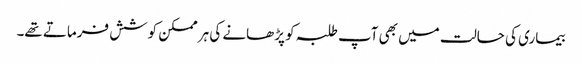
بیماری کی حالت میں بھی آپ طلبہ کو پڑھانے کی ہر ممکن کوشش فرماتے تھے۔